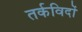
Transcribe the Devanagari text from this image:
तर्कविदों